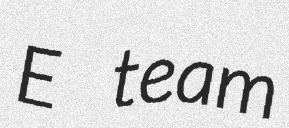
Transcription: E team